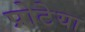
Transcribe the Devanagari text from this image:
प्रोटेया